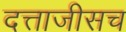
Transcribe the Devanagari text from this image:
दत्ताजीसच